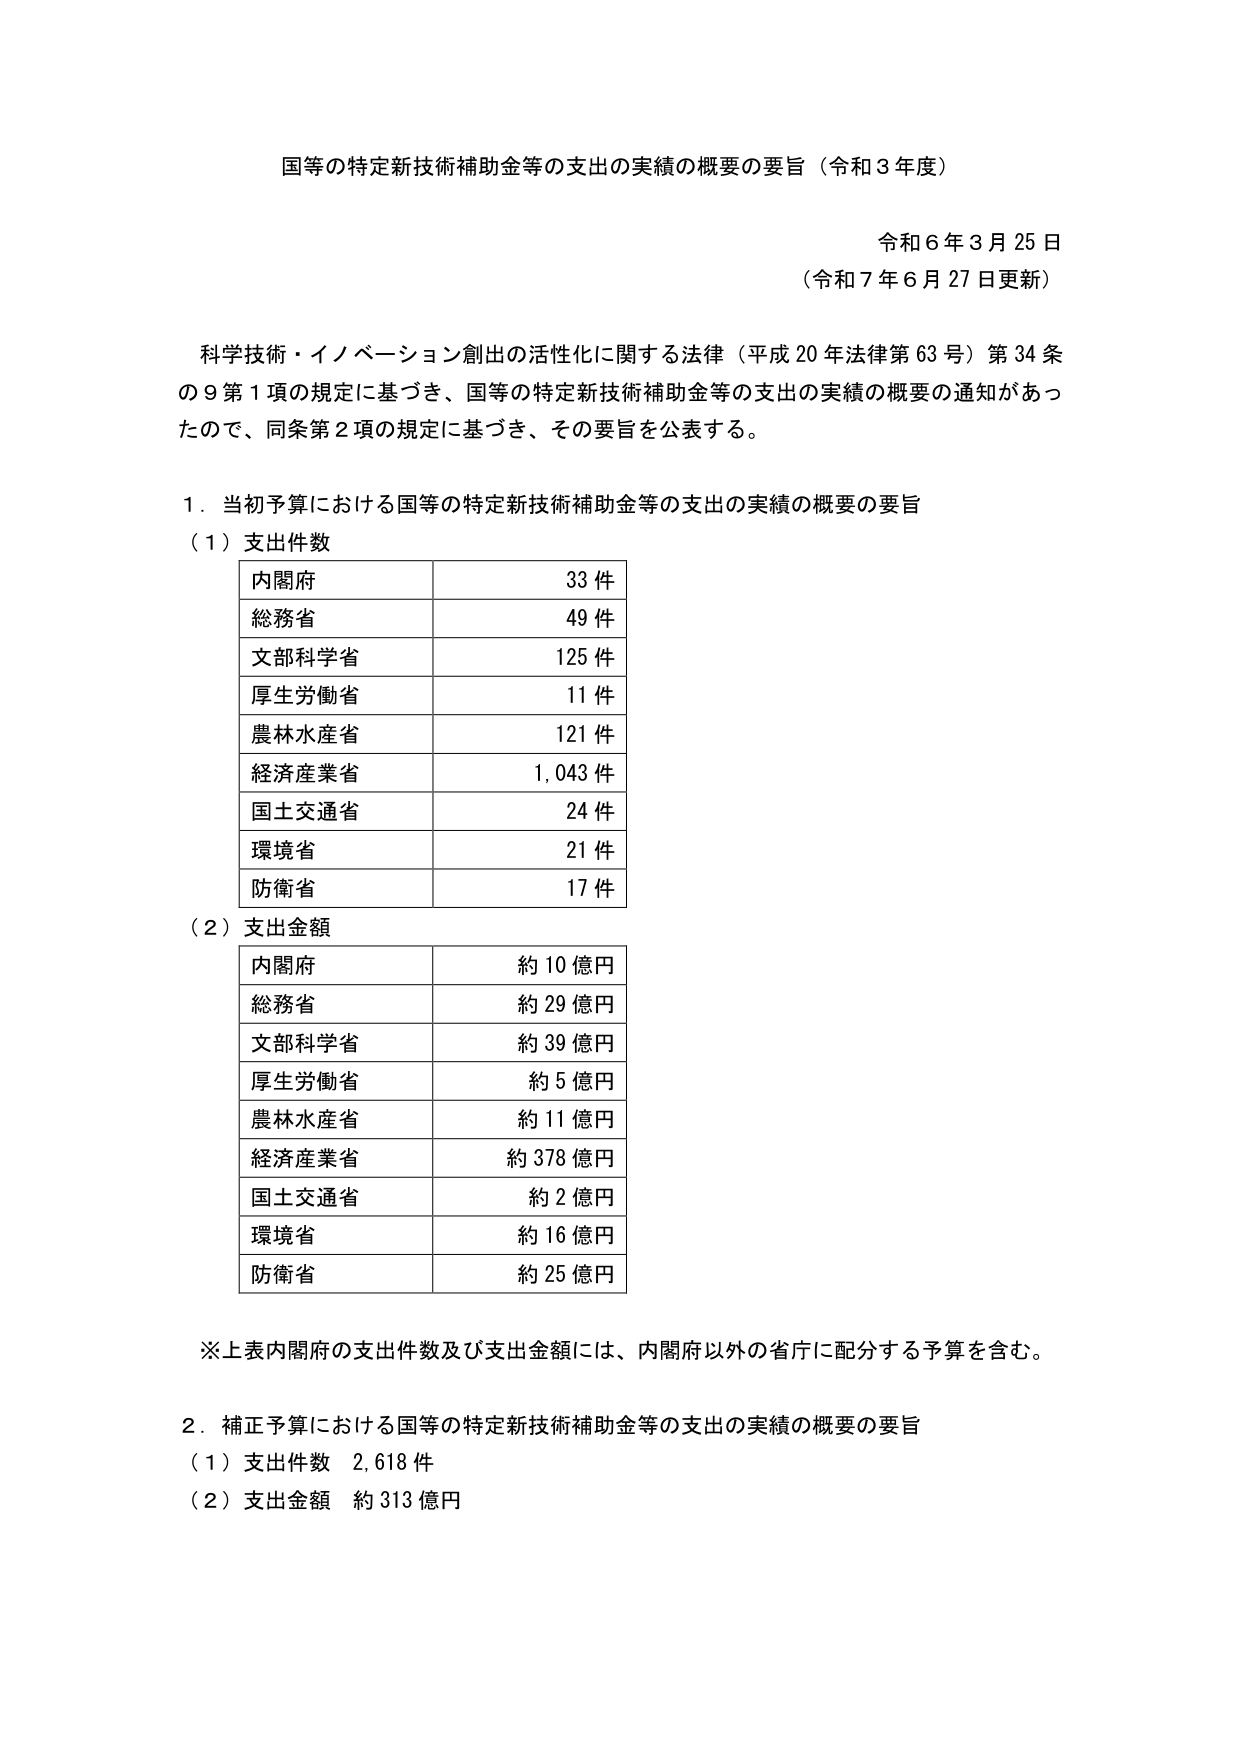
国等の特定新技術補助金等の支出の実績の概要の要旨（令和３年度）

令和６年３月25日
（令和７年６月27日更新）

科学技術・イノベーション創出の活性化に関する法律（平成20年法律第63号）第34条の9第1項の規定に基づき、国等の特定新技術補助金等の支出の実績の概要の通知があったので、同条第2項の規定に基づき、その要旨を公表する。

1．当初予算における国等の特定新技術補助金等の支出の実績の概要の要旨
（1）支出件数
内閣府　　　　　　　33件
総務省　　　　　　　49件
文部科学省　　　　　125件
厚生労働省　　　　　11件
農林水産省　　　　　121件
経済産業省　　　　　1,043件
国土交通省　　　　　24件
環境省　　　　　　　21件
防衛省　　　　　　　17件

（2）支出金額
内閣府　　　　　　　約10億円
総務省　　　　　　　約29億円
文部科学省　　　　　約39億円
厚生労働省　　　　　約5億円
農林水産省　　　　　約11億円
経済産業省　　　　　約378億円
国土交通省　　　　　約2億円
環境省　　　　　　　約16億円
防衛省　　　　　　　約25億円

※上表内閣府の支出件数及び支出金額には、内閣府以外の省庁に配分する予算を含む。

2．補正予算における国等の特定新技術補助金等の支出の実績の概要の要旨
（1）支出件数　2,618件
（2）支出金額　約313億円